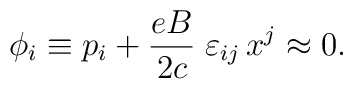
\phi _{i}\equiv p_{i}+\frac{eB}{2c}\;\varepsilon _{ij}\,x^{j}\approx 0.